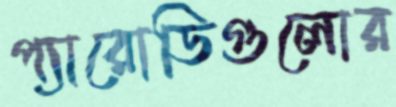
প্যারোডিগুলোর